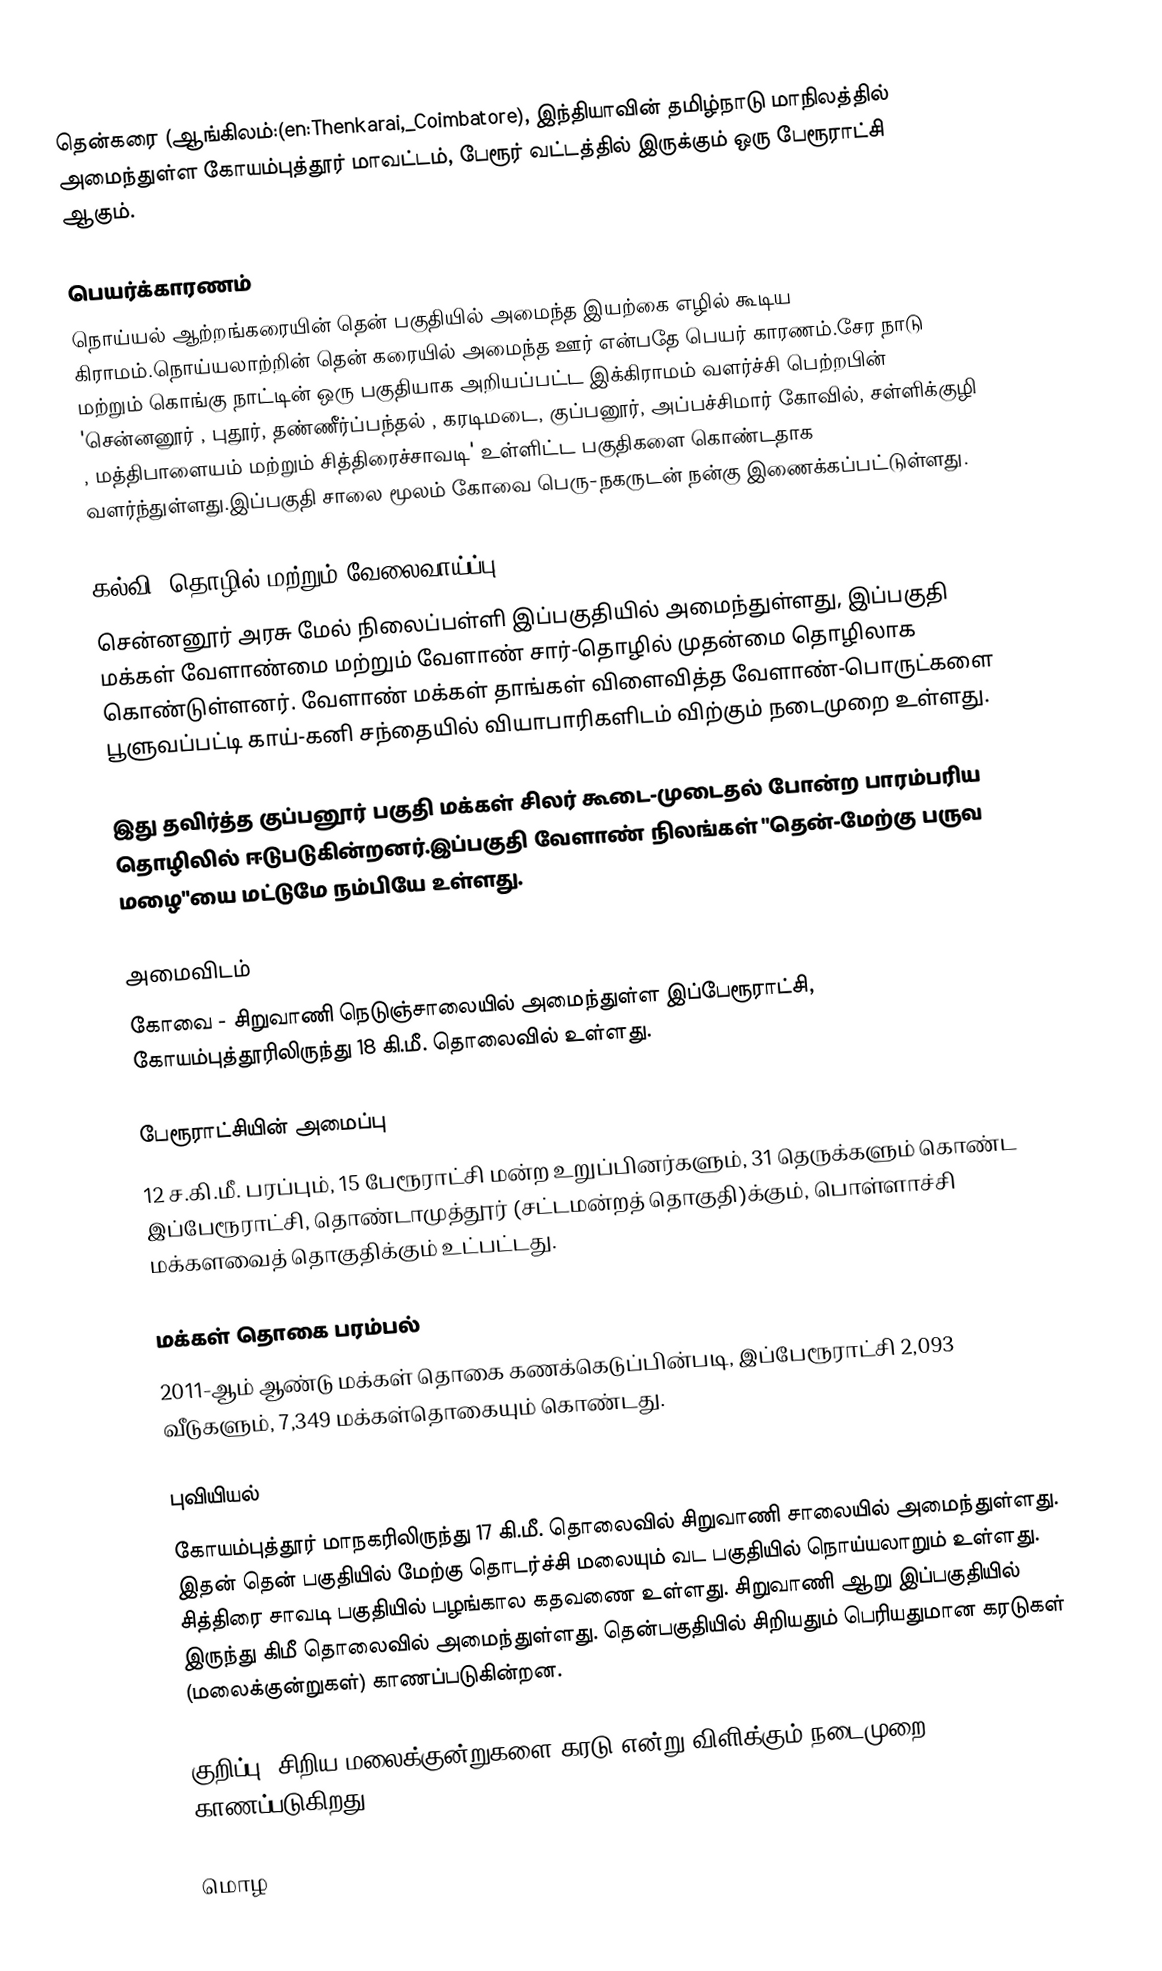
தென்கரை (ஆங்கிலம்:(en:Thenkarai,_Coimbatore), இந்தியாவின் தமிழ்நாடு மாநிலத்தில் அமைந்துள்ள கோயம்புத்தூர் மாவட்டம், பேரூர் வட்டத்தில் இருக்கும் ஒரு பேரூராட்சி ஆகும்.

பெயர்க்காரணம்
நொய்யல் ஆற்றங்கரையின் தென் பகுதியில் அமைந்த இயற்கை எழில் கூடிய கிராமம்.நொய்யலாற்றின் தென் கரையில் அமைந்த ஊர் என்பதே பெயர் காரணம்.சேர நாடு மற்றும் கொங்கு நாட்டின் ஒரு பகுதியாக அறியப்பட்ட இக்கிராமம் வளர்ச்சி பெற்றபின் 'சென்னனூர் , புதூர், தண்ணீர்ப்பந்தல் , கரடிமடை, குப்பனூர், அப்பச்சிமார் கோவில், சள்ளிக்குழி , மத்திபாளையம் மற்றும் சித்திரைச்சாவடி'  உள்ளிட்ட  பகுதிகளை கொண்டதாக வளர்ந்துள்ளது.இப்பகுதி சாலை மூலம் கோவை பெரு-நகருடன் நன்கு இணைக்கப்பட்டுள்ளது.

கல்வி, தொழில் மற்றும் வேலைவாய்ப்பு
சென்னனூர் அரசு மேல் நிலைப்பள்ளி இப்பகுதியில் அமைந்துள்ளது, இப்பகுதி மக்கள் வேளாண்மை மற்றும் வேளாண் சார்-தொழில்  முதன்மை தொழிலாக கொண்டுள்ளனர். வேளாண் மக்கள் தாங்கள் விளைவித்த வேளாண்-பொருட்களை பூளுவப்பட்டி காய்-கனி சந்தையில் வியாபாரிகளிடம் விற்கும் நடைமுறை உள்ளது.

இது தவிர்த்த குப்பனூர் பகுதி மக்கள் சிலர் கூடை-முடைதல் போன்ற பாரம்பரிய தொழிலில் ஈடுபடுகின்றனர்.இப்பகுதி வேளாண் நிலங்கள் "தென்-மேற்கு பருவ மழை"யை மட்டுமே நம்பியே உள்ளது.

அமைவிடம்
கோவை - சிறுவாணி நெடுஞ்சாலையில் அமைந்துள்ள இப்பேரூராட்சி, கோயம்புத்தூரிலிருந்து 18 கி.மீ. தொலைவில் உள்ளது.

பேரூராட்சியின் அமைப்பு
12 ச.கி.மீ. பரப்பும், 15 பேரூராட்சி மன்ற உறுப்பினர்களும், 31 தெருக்களும்  கொண்ட இப்பேரூராட்சி,  தொண்டாமுத்தூர்   (சட்டமன்றத் தொகுதி)க்கும், பொள்ளாச்சி மக்களவைத் தொகுதிக்கும் உட்பட்டது.

மக்கள் தொகை பரம்பல்
2011-ஆம் ஆண்டு மக்கள் தொகை கணக்கெடுப்பின்படி,  இப்பேரூராட்சி 2,093 வீடுகளும், 7,349 மக்கள்தொகையும் கொண்டது.

புவியியல்
கோயம்புத்தூர் மாநகரிலிருந்து 17 கி.மீ. தொலைவில் சிறுவாணி சாலையில் அமைந்துள்ளது. இதன் தென் பகுதியில் மேற்கு தொடர்ச்சி மலையும் வட பகுதியில் நொய்யலாறும் உள்ளது. சித்திரை சாவடி பகுதியில் பழங்கால கதவணை உள்ளது. சிறுவாணி ஆறு இப்பகுதியில் இருந்து கிமீ  தொலைவில் அமைந்துள்ளது. தென்பகுதியில் சிறியதும் பெரியதுமான கரடுகள் (மலைக்குன்றுகள்) காணப்படுகின்றன.

குறிப்பு: சிறிய மலைக்குன்றுகளை கரடு என்று விளிக்கும் நடைமுறை காணப்படுகிறது.

மொழ